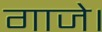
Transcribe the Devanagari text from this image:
गाजे।